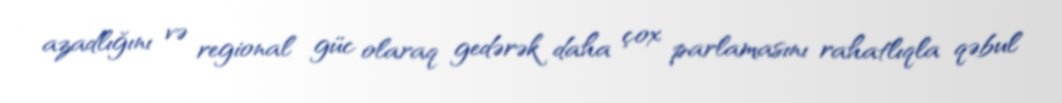
azadlığını və regional güc olaraq gedərək daha çox parlamasını rahatlıqla qəbul